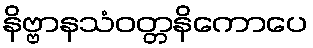
နိဗ္ဗာနသံဝတ္တနိကောပေ